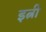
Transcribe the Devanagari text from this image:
इत्नी